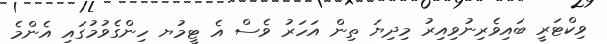
ވިކްޓަރީ ބައިވެރިނުވިއިރު މިދިޔަ ތިން އަހަރު ވެސް އެ ޓީމުޔ ހިންގެވުމުގައި އެންމެ